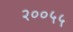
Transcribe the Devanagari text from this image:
२००५५